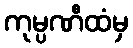
ကုမ္ပဏီထံမှ